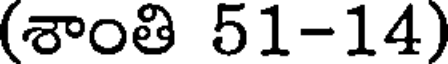
(శాంతి 51-14)